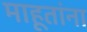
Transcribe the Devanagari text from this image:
माहूतांना